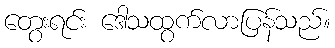
တွေးရင်း ဒေါသထွက်လာပြန်သည်။